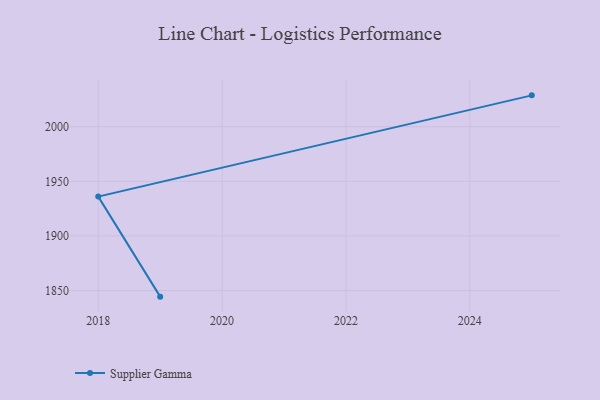
{"axis": {"x": "Year", "y": "Gross Profit (USD K)"}, "legend": ["Supplier Gamma"], "data": [{"x": "2025", "y": 2028.7, "type": "Supplier Gamma"}, {"x": "2018", "y": 1936.0, "type": "Supplier Gamma"}, {"x": "2019", "y": 1844.4, "type": "Supplier Gamma"}]}